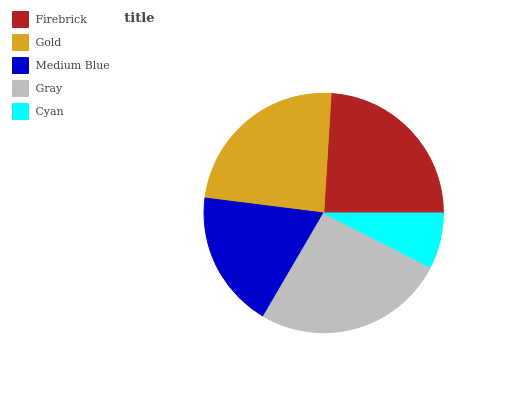
| Firebrick | Gold | Medium Blue | Gray | Cyan |
 | --- | --- | --- | --- | --- |
 | 24% | 24% | 18.6% | 25.9% | 7.52% |